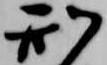
刑